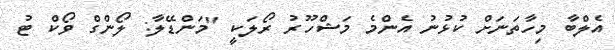
އެލްބާ މިހާތަނަށް ކުޅުނު އެންމެ މަޝްހޫރު ރޯލަކީ "މަންޑޭލާ: ލޯންގް ވޯކް ޓު